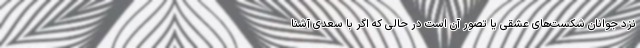
نزد جوانان شکست‌های عشقی یا تصور آن است در حالی که اگر با سعدی آشنا